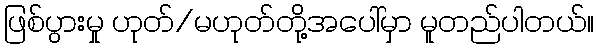
ဖြစ်ပွားမှု ဟုတ်/မဟုတ်တို့အပေါ်မှာ မူတည်ပါတယ်။